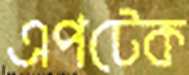
এপটেক